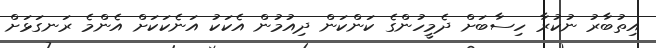
އިތުބާރު ނުކުރާ ހިސާބަށް ދެމީހުންގެ ކަންކަން ދިއުމުން އެކަކު އަނެކަކަށް އެންމެ ރަނގަޅަށް